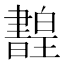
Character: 𤾳